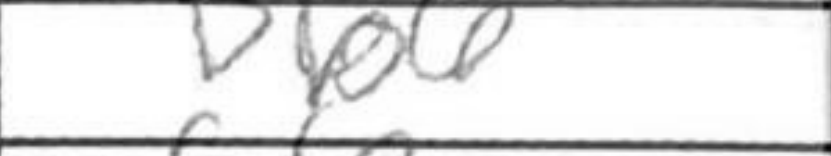
Transcription: Bb6